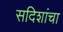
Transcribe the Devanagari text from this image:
सदिशांचा